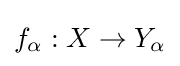
f_{\alpha }:X\to Y_{\alpha }